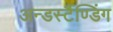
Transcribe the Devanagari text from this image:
अन्डर्स्टैण्डिंग